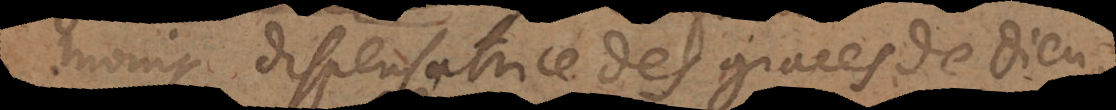
moins dispensatrice des graces de Dieu,